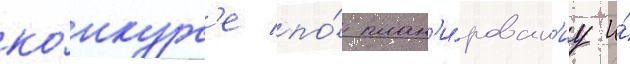
ко́нкурс'е по́ план'и́рован'иу и́